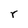
Character: r